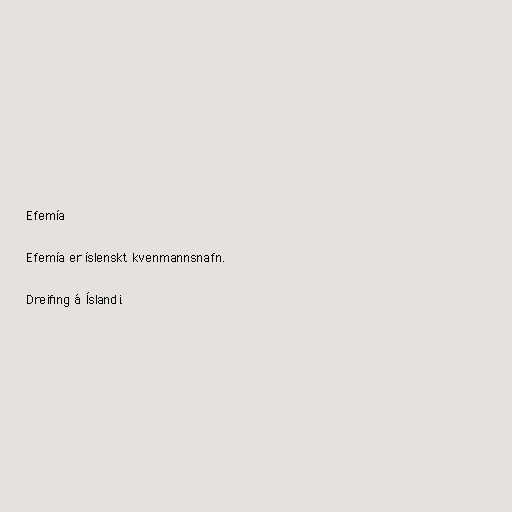
Efemía

Efemía er íslenskt kvenmannsnafn.

Dreifing á Íslandi.